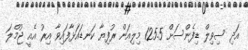
އަދި ސިވިލް ޑިފެންސަށް 125.5 މިލިއަން ރުފިޔާ ކަނޑައަޅާފައިވާ އިރު އެއީ ޖުމްލަ